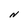
Character: N